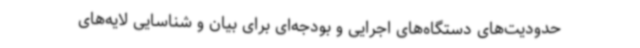
حدودیت‌های دستگاه‌های اجرایی و بودجه‌ای برای بیان و شناسایی لایه‌های